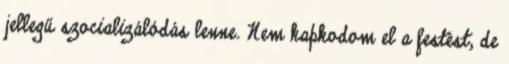
jellegű szocializálódás lenne. Nem kapkodom el a festést, de